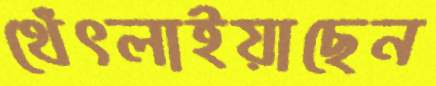
থেঁৎলাইয়াছেন